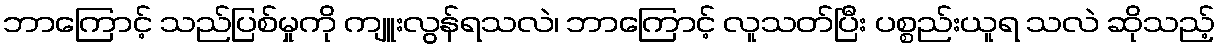
ဘာကြောင့် သည်ပြစ်မှုကို ကျူးလွန်ရသလဲ၊ ဘာကြောင့် လူသတ်ပြီး ပစ္စည်းယူရ သလဲ ဆိုသည့်